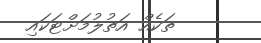
ތަކެއް އަތުލުމަށްޓަކައި